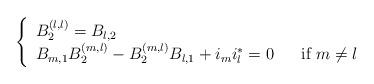
LaTeX: \begin{align*}\left\{\begin{array}{lll}B_{2}^{(l,l)}= B_{l,2} &&\\B_{m,1}B_{2}^{(m,l)}-B_{2}^{(m,l)}B_{l,1}+i_{m}i_{l}^{*}=0&& \mbox{if $m\neq l$}\end{array}\right.\end{align*}